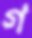
গ